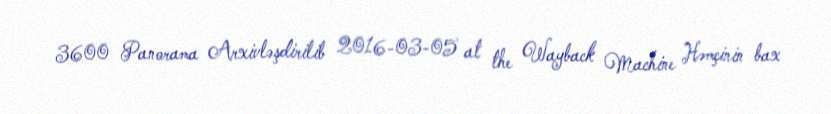
3600 Panorama Arxivləşdirilib 2016-03-05 at the Wayback Machine Həmçinin bax